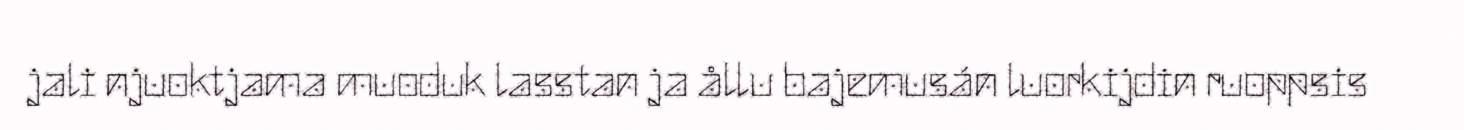
jali njuoktjama muoduk lasstan ja ållu bajemusán luorkijdin ruoppsis